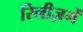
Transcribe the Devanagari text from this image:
रिलीज़में